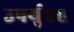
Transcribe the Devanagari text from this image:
उपर्युक्त्त